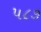
૫૮૭